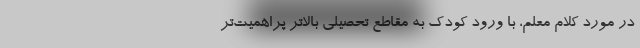
در مورد کلام معلم، با ورود کودک به مقاطع تحصیلی بالاتر پراهمیت‌تر